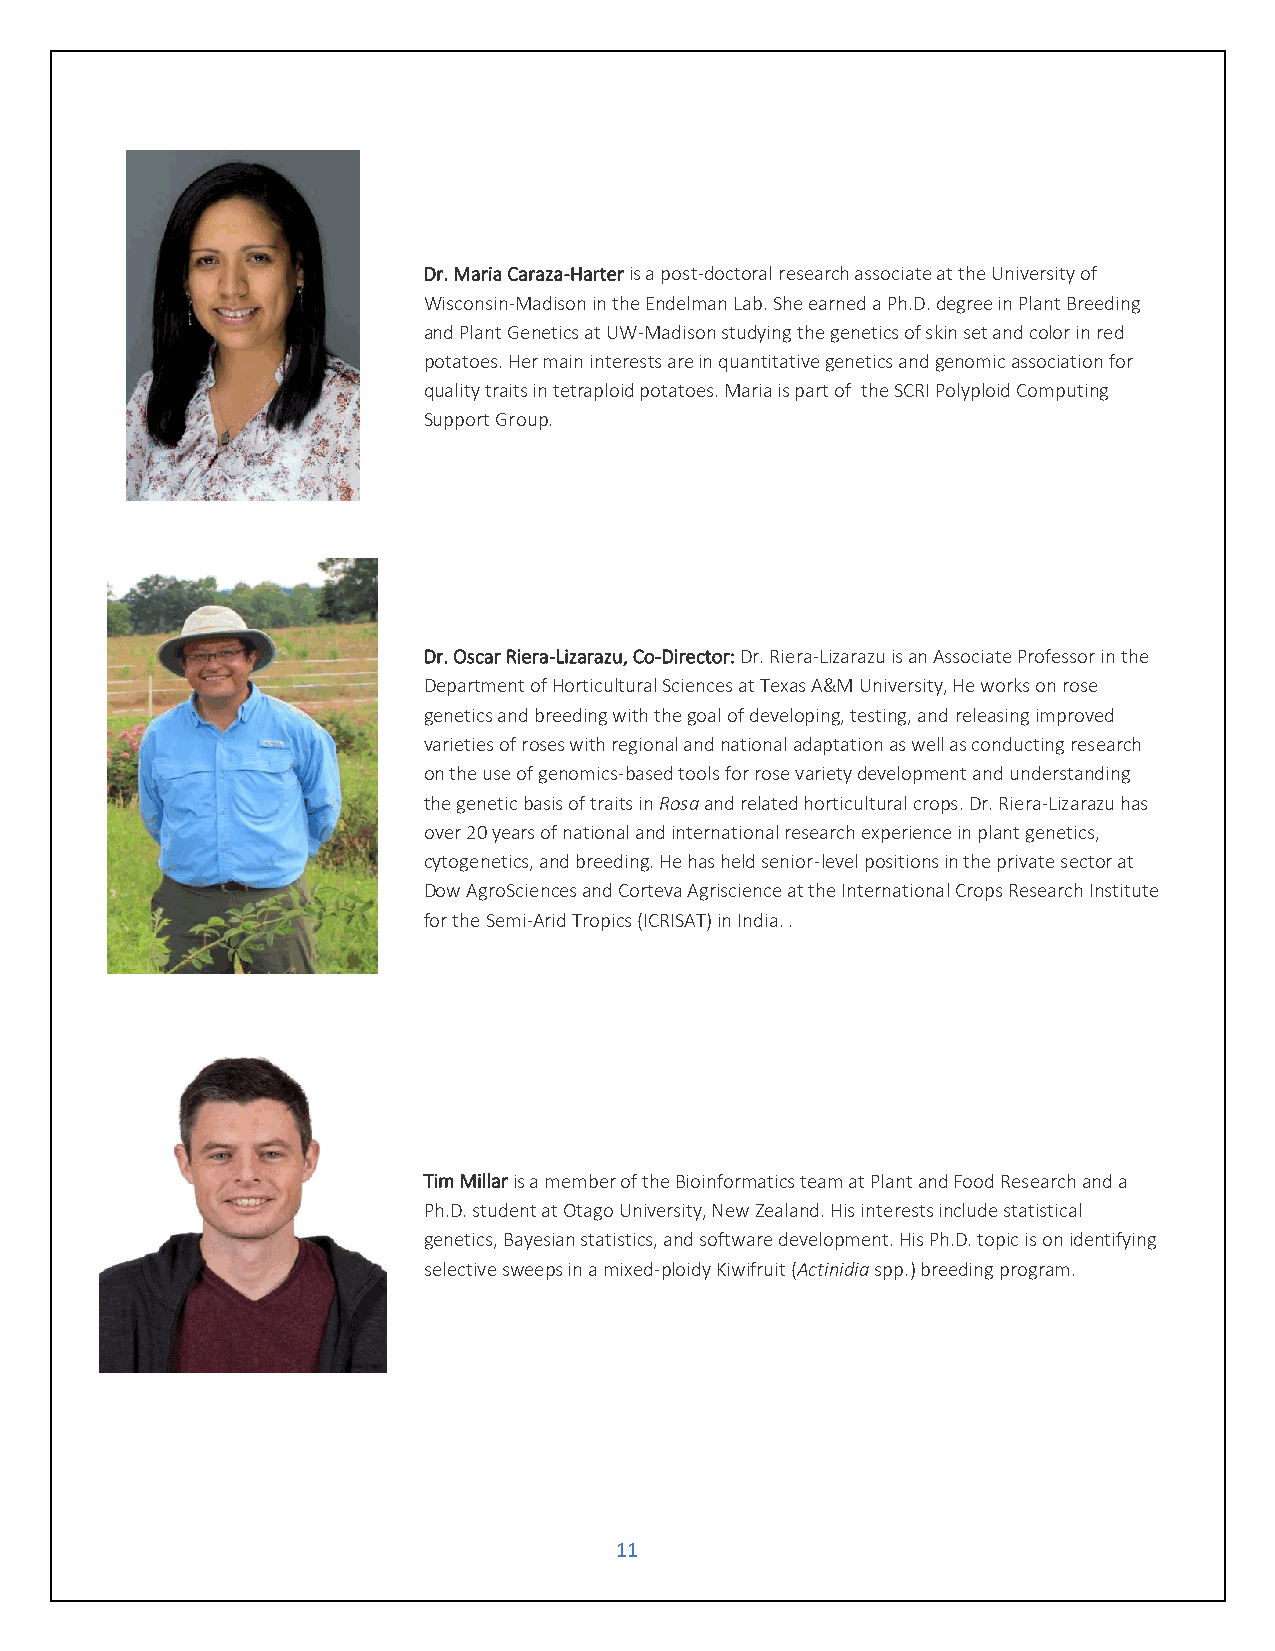
Dr. Maria Caraza-Harter is a post-doctoral research associate at the University of
 Wisconsin-Madison in the Endelman Lab. She earned a Ph.D. degree in Plant Breeding
 and Plant Genetics at UW-Madison studying the genetics of skin set and color in red
 potatoes. Her main interests are in quantitative genetics and genomic association for
 quality traits in tetraploid potatoes. Maria is part of the SCRI Polyploid Computing
 Support Group.
 Dr. Oscar Riera-Lizarazu, Co-Director: Dr. Riera-Lizarazu is an Associate Professor in the
 Department of Horticultural Sciences at Texas A&M University, He works on rose
 genetics and breeding with the goal of developing, testing, and releasing improved
 varieties of roses with regional and national adaptation as well as conducting research
 on the use of genomics-based tools for rose variety development and understanding
 the genetic basis of traits in Rosa and related horticultural crops. Dr. Riera-Lizarazu has
 over 20 years of national and international research experience in plant genetics,
 cytogenetics, and breeding. He has held senior-level positions in the private sector at
 Dow AgroSciences and Corteva Agriscience at the International Crops Research Institute
 for the Semi-Arid Tropics (ICRISAT) in India. .
 Tim Millar is a member of the Bioinformatics team at Plant and Food Research and a
 Ph.D. student at Otago University, New Zealand. His interests include statistical
 genetics, Bayesian statistics, and software development. His Ph.D. topic is on identifying
 selective sweeps in a mixed-ploidy Kiwifruit (Actinidia spp.) breeding program.
 11